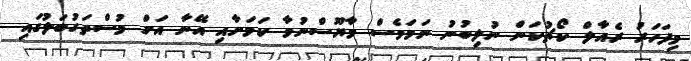
މިފަހަރު ރެއާލް ކޯޗުކަން ނުލިބުނު ނަމަވެސް މާޔޫސްނުވާ ކަމަށާއި އޭނާ އަށް މުސްތަގުބަލުގައި